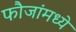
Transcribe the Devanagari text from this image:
फौजांमध्ये